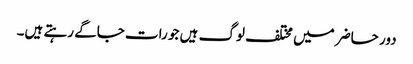
دور حاضر میں مختلف لوگ ہیں جو رات جاگے رہتے ہیں۔